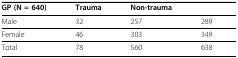
<table><thead><tr><td><b>GP (N = 640)</b></td><td><b>Trauma</b></td><td><b>Non-trauma</b></td><td></td></tr></thead><tbody><tr><td>Male</td><td>32</td><td>257</td><td>289</td></tr><tr><td>Female</td><td>46</td><td>303</td><td>349</td></tr><tr><td>Total</td><td>78</td><td>560</td><td>638</td></tr></tbody></table>